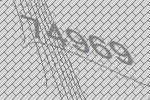
74969